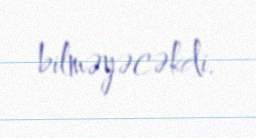
bilməyəcəkdi.